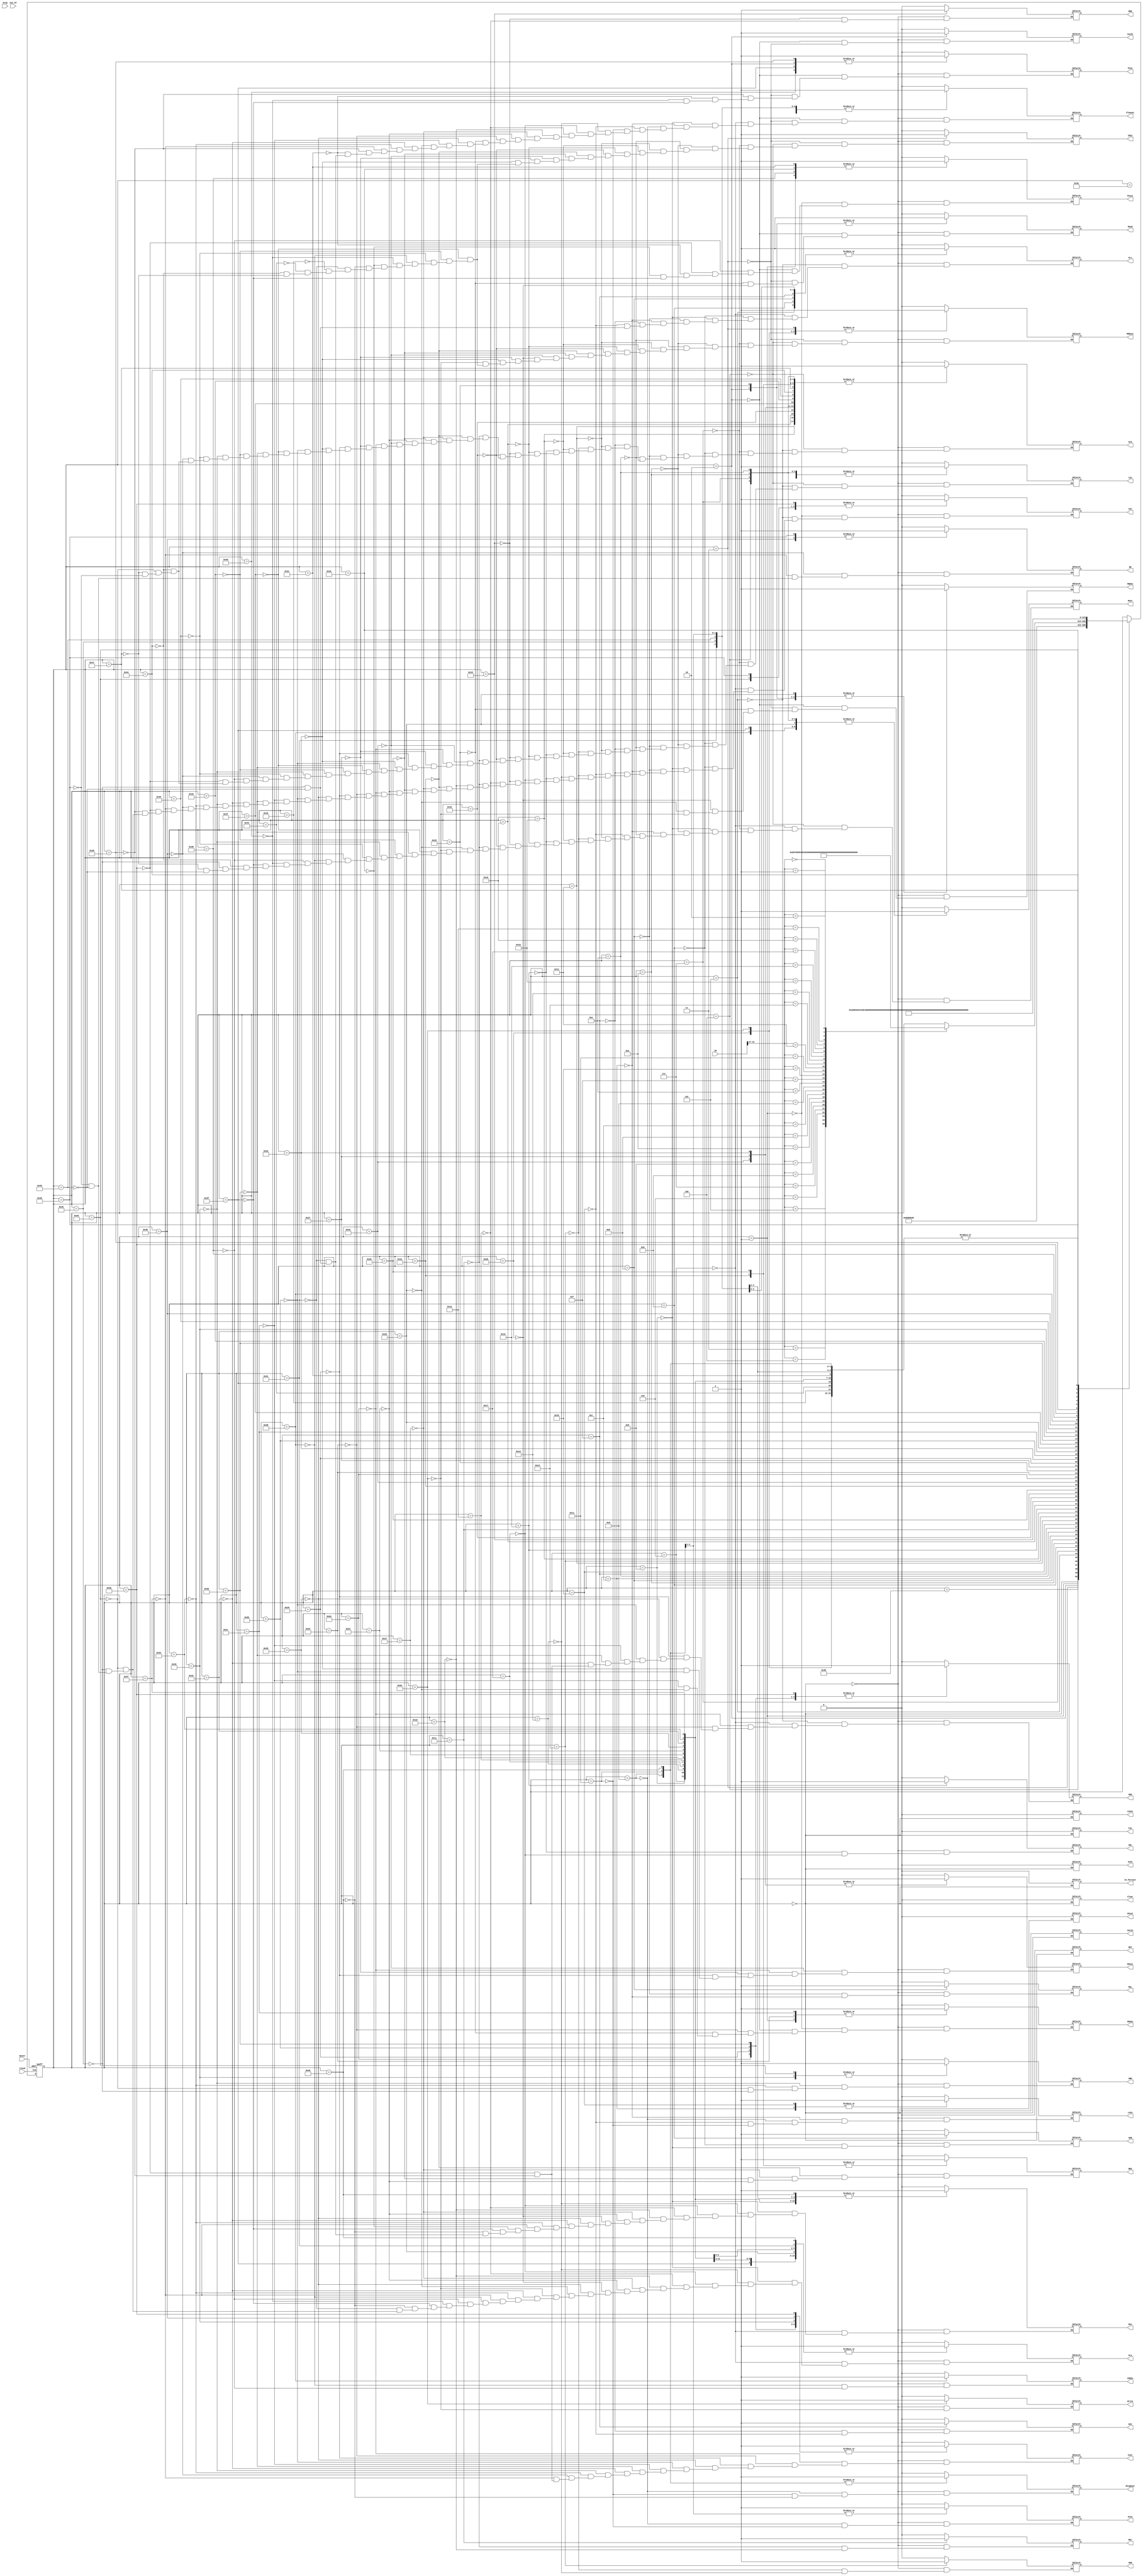
`timescale 1ns/10ps
module control_unit (
	output reg Gra, Grb, Grc, RIn, BAout, Rout, // here, you will define the inputs and outputs to your Control Unit
					MARIn, PCIn, MDRIn, IRIn, YIn, IncPC, HiIn, LoIn, CIn,InIn, OutIn, ZIn, CONIn,
					PCout, Zlowout, Zhighout, MDRout, Cout, In_Portout, LOout, HIout,
					Read, Write, Clear,
					ADD, AND, SUB, DIV, SHR, SHL, ROR, ROL, OR, MUL, NEG, NOT,
	input [31:0] IR,
	input Clock, Reset, Stop, Con_FF);
	parameter Reset_state = 8'b0000, fetch0 = 8'b0001, fetch1 = 8'b0010, fetch2a = 8'b0011,
				add3 = 8'b0100, add4 = 8'b0101, add5 = 8'b0110,
				sub3 = 8'b0111, sub4 = 8'b01000, sub5 = 8'b01001,
				mul3 = 8'b01010, mul4 = 8'b01011, mul5 = 8'b01100, mul6 = 8'b01101,
				div3 = 8'b01110, div4 = 8'b01111, div5 = 8'b010000, div6 = 8'b010001,
				shr3 = 8'b010010, shr4 = 8'b010011, shr5 = 8'b010100,
				shl3 = 8'b010101, shl4 = 8'b010110, shl5 = 8'b010111,
				ror3 = 8'b011000, ror4 = 8'b011001, ror5 = 8'b011010,
				rol3 = 8'b011011, rol4 = 8'b011100, rol5 = 8'b011101,
				neg3 = 8'b011110, neg4 = 8'b011111,
				not3 = 8'b0100000, not4 = 8'b0100001,
				ld3 = 8'b0100010, ld4 = 8'b01100011, ld5 = 8'b0100100, ld6 = 8'b0100101, ld7 = 8'b0100110,
				ldi3 = 8'b0100111, ldi4 = 8'b0101000, ldi5 = 8'b0101001,
				st3 = 8'b0101010, st4 = 8'b0101011, st5 = 8'b0101100, st6 = 8'b00101101, st7 = 8'b0101110,
				addi3 = 8'b0101111, addi4 = 8'b0110000, addi5 = 8'b0110001,
				andi3 = 8'b0110010, andi4 = 8'b0110011, andi5 = 8'b0110100,
				ori3 = 8'b0110101, ori4 = 8'b0110110, ori5 = 8'b0110111,
				br3 = 8'b0111000, br4 = 8'b0111001, br5 = 8'b0111010, br6 = 8'b0111011, br7 = 8'b0111100,
				jr3 = 8'b0111101,
				jal3 = 8'b0111110, jal4= 8'b0111111,
				mfhi3 = 8'b01000000, mflo3 = 8'b01000001,
				in3 = 8'b01000010, out3 = 8'b01000011,
				and3 = 8'b01000100, and4 = 8'b01000101, and5 = 8'b01000110,
				or3 = 8'b01000111, or4 = 8'b01001000, or5 = 8'b1001001,
				halt3 = 8'b1001010, fetch2b = 8'b1001011;
	reg [8:0] Present_state = Reset_state; // adjust the bit pattern based on the number of states
	always @(posedge Clock, posedge Reset) // finite state machine; if clock or reset rising-edge
		begin
			if (Reset == 1'b1) Present_state = Reset_state;
			else begin
			case (Present_state)
				Reset_state : #40 Present_state = fetch0;
				fetch0 : #40 Present_state = fetch1;
				fetch1 : #40 Present_state = fetch2a;
				fetch2a : #40 Present_state = fetch2b;
				fetch2b : begin
								case (IR[31:27]) // inst. decoding based on the opcode to set the next state
									5'b00011 : #40 Present_state = add3; // this is the add instruction
									5'b00100 : #40 Present_state = sub3;
									5'b00101 : #40 Present_state = shr3;
									5'b00110 : #40 Present_state = shl3;
									5'b00111 : #40 Present_state = ror3;
									5'b01000 : #40 Present_state = rol3;
									5'b01001 : #40 Present_state = and3;
									5'b01010 : #40 Present_state = or3;
									5'b01011 : #40 Present_state = addi3;
									5'b01100 : #40 Present_state = andi3;
									5'b01101 : #40 Present_state = ori3;
									5'b01110 : #40 Present_state = mul3;
									5'b01111 : #40 Present_state = div3;
									5'b10000 : #40 Present_state = neg3;
									5'b10001 : #40 Present_state = not3;
									5'b10010 : #40 Present_state = br3;
									5'b10011 : #40 Present_state = jr3;
									5'b10100 : #40 Present_state = jal3;
									5'b10101 : #40 Present_state = in3;
									5'b10110 : #40 Present_state = out3;
									5'b10111 : #40 Present_state = mfhi3;
									5'b11000 : #40 Present_state = mflo3;
									5'b11010 : #40 Present_state = halt3;
									5'b00000 : #40 Present_state = ld3;
									5'b00001 : #40 Present_state = ldi3;
									5'b00010 : #40 Present_state = st3;
								endcase
							end
				add3 : #40 Present_state = add4;
				add4 : #40 Present_state = add5;
				add5 : #40 Present_state = Reset_state;
				sub3 : #40 Present_state = sub4;
				sub4 : #40 Present_state = sub5;
				sub5 : #40 Present_state = Reset_state;
				mul3 : #40 Present_state = mul4;
				mul4 : #40 Present_state = mul5;
				mul5 : #40 Present_state = mul6;
				mul6 : #40 Present_state = Reset_state;
				div3 : #40 Present_state = div4;
				div4 : #40 Present_state = div5;
				div5 : #40 Present_state = div6;
				div6 : #40 Present_state = Reset_state;
				shr3 : #40 Present_state = shr4;
				shr4 : #40 Present_state = shr5;
				shr5 : #40 Present_state = Reset_state;
				shl3 : #40 Present_state = shl4;
				shl4 : #40 Present_state = shl5;
				shl5 : #40 Present_state = Reset_state;
				ror3 : #40 Present_state = ror4;
				ror4 : #40 Present_state = ror5;
				ror5 : #40 Present_state = Reset_state;
				rol3 : #40 Present_state = rol4;
				rol4 : #40 Present_state = rol5;
				rol5 : #40 Present_state = Reset_state;
				not3 : #40 Present_state = not4;
				not4 : #40 Present_state = Reset_state;
				neg3 : #40 Present_state = neg4;
				neg4 : #40 Present_state = Reset_state;
				ld3 : #40 Present_state = ld4;
				ld4 : #40 Present_state = ld5;
				ld5 : #40 Present_state = ld6;
				ld6 : #40 Present_state = ld7;
				ld7 : #40 Present_state = Reset_state;
				ldi3 : #40 Present_state = ldi4;
				ldi4 : #40 Present_state = ldi5;
				ldi5 : #40 Present_state = Reset_state;
				st3 : #40 Present_state = st4;
				st4 : #40 Present_state = st5;
				st5 : #40 Present_state = st6;
				st6 : #40 Present_state = st7;
				st7 : #40 Present_state = Reset_state;
				addi3 : #40 Present_state = addi4;
				addi4 : #40 Present_state = addi5;
				addi5 : #40 Present_state = Reset_state;
				andi3 : #40 Present_state = andi4;
				andi4 : #40 Present_state = andi5;
				andi5 : #40 Present_state = Reset_state;
				ori3 : #40 Present_state = ori4;
				ori4 : #40 Present_state = ori5;
				ori5 : #40 Present_state = Reset_state;
				br3 : #40 Present_state = br4;
				br4 : #40 Present_state = br5;
				br5 : #40 Present_state = br6;
				br6 : #40 Present_state = br7;
				br7 : #40 Present_state = Reset_state;
				jal3 : #40 Present_state = jal4;
				jal4 : #40 Present_state = Reset_state;
				and3 : #40 Present_state = and4;
				and4 : #40 Present_state = and5;
				and5 : #40 Present_state = Reset_state;
				or3 : #40 Present_state = or4;
				or4 : #40 Present_state = or5;
				or5 : #40 Present_state = Reset_state;
				mfhi3 : #40 Present_state = Reset_state;
				mflo3 : #40 Present_state = Reset_state;
				halt3 : #40 Present_state = Reset_state;
				in3 : #40 Present_state = Reset_state;
				out3 : #40 Present_state = Reset_state;
			endcase
			end
		end
	always @(Present_state) // do the job for each state
		begin
			case (Present_state) // assert the required signals in each state
				Reset_state: begin
					Gra <= 0; Grb <= 0; Grc <= 0; YIn <= 0;
					Gra <=0;Grb <=0; Grc <=0; RIn <=0; BAout <=0; Rout <=0;//initialize the signals
					MARIn <=0; PCIn <=0; MDRIn <=0;IRIn <=0; YIn <=0; IncPC <=0; 
					HiIn <=0; LoIn <=0; CIn <=0;InIn <=0; OutIn <=0; ZIn <=0; CONIn <=0;
					PCout <=0; Zlowout <=0; Zhighout <=0; MDRout <=0; Cout <=0;
					In_Portout <=0; LOout <=0; HIout <=0;
					Read <=0; Write <=0; Clear <=0;
					ADD <=0; AND <=0; SUB <=0; DIV <=0; SHR <=0; SHL <=0; 
					ROR <=0; ROL <=0; OR <=0; MUL <=0; NEG <=0; NOT <=0;
				end
				fetch0: begin
					PCout <= 1; // see if you need to de-assert these signals
					MARIn <= 1;
					ZIn <= 0;
				end
				fetch1: begin
					PCout <= 0; MARIn <=0; IncPC <=1;
					Zlowout <=1; PCIn <=1; 
					MDRIn <=1; Read <= 1; 
					//#20 
					//IncPC <=0;
				end
				fetch2a: begin
					Zlowout <=0; Read <=0; MDRIn<=0; PCIn <=0;
					MDRout <=1; IRIn <=1; IncPC <=0;
					
				end
				add3: begin
					MDRout <= 0; IRIn <=0;
					
					Grb <= 1; Rout <= 1;
					YIn <= 1;
				end
				add4: begin
					//is it uneccessary to deassert then reassert Rout
					Grb <=0; YIn <=0;
					Grc <= 1;  ZIn <=1; ADD <=1;
				end
				add5: begin
					Grc <=0; Rout <=0; ZIn<=0; ADD<=0;
					Gra <=1; RIn <=1; Zlowout <=1;
				end
				
				sub3: begin
					MDRout <=0; IRIn<=0;
					Grb<=1; Rout<=1; YIn<=1;
				end
				sub4: begin
					Grb<=0; YIn<=0;
					Grc<=1; ZIn<=1; SUB<=1;
				end
				sub5: begin
					Grc<=0; ZIn<=0; SUB<=0; Rout <=0;
					Gra <=1; RIn <=1; Zlowout <=1;
				end
				
				mul3: begin
					MDRout <=0; IRIn<=0;
					Grb<=1; YIn<=1; Rout <=1;
				end
				mul4: begin
					Grb<=0; YIn<=0;
					Grc<=1; MUL<=1; ZIn<=1;
				end
				mul5: begin
					Grc<=0; MUL<=0; ZIn<=0; Rout <=0;
					Zlowout<=1; LoIn<=1;
				end
				mul6: begin
					Zlowout<=1; LoIn<=0;
					Zhighout<=1; HiIn<=1;
				end
				
				div3: begin
					MDRout <=0; IRIn<=0;
					Grb<=1; YIn<=1; Rout <=1;
				end
				div4: begin
					Grb<=0; YIn<=0;
					Grc<=1; DIV<=1; ZIn<=1;
				end
				div5: begin
					Grc<=0; DIV<=0; ZIn<=0; Rout <=0;
					Zlowout<=1; LoIn<=1;
				end
				div6: begin
					Zlowout<=1; LoIn<=0;
					Zhighout<=1; HiIn<=1;
				end
				
				shr3: begin
					MDRout <=0; IRIn<=0;
					Grb<=1;  YIn<=1; Rout <=1;
				end
				shr4: begin
					Grb<=0; YIn<=0; Rout<=0;
					SHR<=1; ZIn<=1;
				end
				shr5: begin
					SHR<=0; ZIn<=0;
					Zlowout<=1; Gra<=1; RIn<=1;
				end
				
				shl3: begin
					MDRout <=0; IRIn<=0;
					Grb<=1;  YIn<=1; Rout <=1;
				end
				shl4: begin
					Grb<=0; YIn<=0; Rout<=0;
					SHL<=1; ZIn<=1;
				end
				shl5: begin
					SHL<=0; ZIn<=0;
					Zlowout<=1; Gra<=1; RIn<=1;
				end
				
				ror3: begin
					MDRout <=0; IRIn<=0;
					Grb<=1; Rout<=1; YIn<=1;
				end
				ror4: begin
					Grb<=0; YIn<=0; Rout<=0;
					ROR<=1; ZIn<=1;
				end
				ror5: begin
					ROR<=0; ZIn<=0;
					Zlowout<=1; Gra<=1; RIn<=1;
				end
				
				rol3: begin
					MDRout <=0; IRIn<=0;
					Grb<=1; Rout<=1; YIn<=1;
				end
				rol4: begin
					Grb<=0; YIn<=0; Rout<=0;
					ROL<=1; ZIn<=1;
				end
				rol5: begin
					ROL<=0; ZIn<=0;
					Zlowout<=1; Gra<=1; RIn<=1;
				end
				
				neg3: begin
					MDRout <=0; IRIn<=0;
					Grb<=1; NEG<=1; ZIn<=1;
				end
				neg4: begin
					Grb<=0; NEG<=0; ZIn<=0;
					Zlowout<=1; Gra<=1; RIn<=1; 
				end
				
				not3: begin
					MDRout <=0; IRIn<=0;
					Grb<=1; NEG<=1; ZIn<=1;
				end
				not4: begin
					Grb<=0; NEG<=0; ZIn<=0;
					Zlowout<=1; Gra<=1; RIn<=1; 
				end
				
				ld3: begin
					MDRout <=0; IRIn<=0;
					Grb <=1; BAout <=1; YIn <=1;
				end
				ld4: begin
					Grb <=0; BAout <=0; YIn <=0;
					ADD<=1; Cout <=1; ZIn<=1;
				end
				ld5: begin
					ADD <=0; Cout <=0; ZIn <=0;
					Zlowout <=1; MARIn <=1;
				end
				ld6: begin
					Zlowout <=0; MARIn <=0;
					Read <=1; MDRIn<=1;
				end
				ld7: begin
					Read <=0; MDRIn <=0;
					MDRout <=1; Gra <=1; RIn <=1;
				end
				
				ldi3: begin
					MDRout <=0; IRIn<=0;
					Grb <=1; BAout <= 1; YIn <=1;
				end
				ldi4: begin
					Grb <=0; BAout <= 0; YIn <=0;
					ADD <=1; Cout<=1; ZIn<=1;
				end
				ldi5: begin
					ADD <=0; Cout<=0; ZIn<=0;
					Zlowout<=1; Gra<=1; RIn<=1;
				end
				
				st3: begin
					MDRout <=0; IRIn<=0;
					Grb <=1; BAout <=1; YIn<=1;
				end
				st4: begin
					Grb <=0; BAout <=0; YIn<=0;
					ADD<=1; Cout<=1; ZIn<=1;
				end
				st5: begin
					ADD<=0; Cout<=0; ZIn<=0;
					Zlowout<=1; MARIn<=1;
				end
				st6: begin
					Zlowout<=0; MARIn<=0;
					Gra<=1; Rout <=1; MDRIn<=1;
				end
				st7: begin
					Gra<=0; Rout <=0; MDRIn<=0;
					MDRout <=1; Write <=1;
				end
				
				addi3: begin
					MDRout <=0; IRIn<=0;
					Grb<=1; Rout<=1; YIn<=1;
				end
				addi4: begin
					Grb<=0; Rout<=0; YIn<=0;
					ADD<=1; Cout<=1; ZIn<=1;
				end
				addi5: begin
					ADD<=0; Cout<=0; ZIn<=0;
					Zlowout <=1; Gra<=1; RIn<=1;
				end
				
				andi3: begin
					MDRout <=0; IRIn<=0;
					Grb<=1; Rout<=1; YIn<=1;
				end
				andi4: begin
					Grb<=0; Rout<=0; YIn<=0;
					AND <=1; Cout<=1; ZIn<=1;
				end
				andi5: begin
					AND <=0; Cout<=0; ZIn<=0;
					Zlowout<=1; Gra<=1; RIn<=1;
				end
				
				ori3: begin
					MDRout <=0; IRIn<=0;
					Grb<=1; Rout<=1; YIn<=1;
				end
				ori4: begin
					Grb<=0; Rout<=0; YIn<=0;
					OR<=1; Cout <=1; ZIn<=1;
				end
				ori5: begin
					OR<=0; Cout <=0; ZIn<=0;
					Zlowout<=1; Gra<=1; RIn<=1;
				end
				
				br3: begin
					MDRout <=0; IRIn<=0;
					Gra<=1;  Rout <=1; CONIn <=1;
				end
				br4: begin
					Gra<=0;  Rout <=0; CONIn <=0;
					PCout <=1; YIn<=1;
				end
				br5: begin
					PCout <=0; YIn<=0;
					Cout <=1; ZIn<=1; ADD<=1;
				end
				br6: begin
					Cout <=0; ZIn<=0; ADD<=0;
					Zlowout <=1; PCIn<=1;
				end
				br7: begin
					Zlowout <=0; PCIn<=0;
					PCout<=1;
				end
				
				jr3: begin
					MDRout <=0; IRIn<=0;
					Gra <=1; Rout <=1; PCIn<=1;
				end
				
				jal3: begin
					MDRout <=0; IRIn<=0;
					PCout <=1; RIn<= 1;
				end
				jal4: begin
					PCout <=0; RIn<= 0;
					Gra <=1; Rout<= 1; PCIn <=1;
				end
				
				mfhi3: begin
					MDRout <=0; IRIn<=0;
					Gra <=1; RIn<= 1; Zhighout <=1;
				end
				
				mflo3: begin
					MDRout <=0; IRIn<=0;
					Gra <=1; RIn<= 1; Zlowout<=1;
				end
				
				in3: begin
					MDRout <=0; IRIn<=0;
				end
				
				out3: begin
					MDRout <=0; IRIn<=0;
				end
				
				and3: begin
					MDRout <=0; IRIn<=0;
					Grb<=1; YIn<=1; Rout <=1;
				end
				and4: begin
					Grb<=0; YIn<=0;
					Gra<=1;AND<=1; ZIn<=1;
				end
				and5: begin
					Gra<=0;AND<=0; ZIn<=0; Rout<=0;
					Zlowout<=1; Grc<=1; RIn<=1;
				end
				
				or3: begin
					MDRout <=0; IRIn<=0;
					Grb<=1; YIn<=1; Rout <=1;
				end
				or4: begin
					Grb<=0; YIn<=0;
					Gra<=1;OR<=1; ZIn<=1;
				end
				or5: begin
					Gra<=0;OR<=0; ZIn<=0; Rout<=0;
					Zlowout<=1; Grc<=1; RIn<=1;
				end
			endcase
		end
endmodule